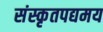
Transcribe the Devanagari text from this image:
संस्कृतपद्यमय